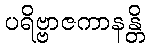
ပရိဗ္ဗာဇကာနန္တိ